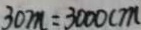
3 0 m = 3 0 0 0 c m